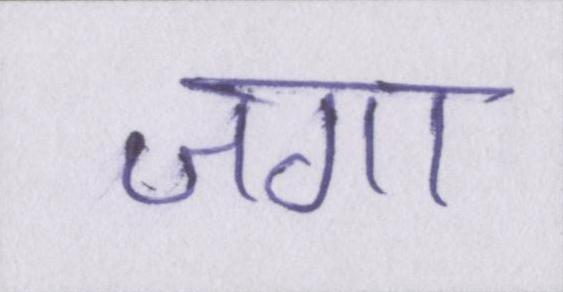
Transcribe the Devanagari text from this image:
जगा